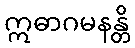
ဣဓာဂမနန္တိ